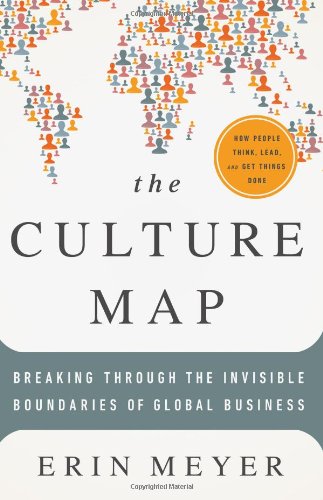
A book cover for The Culture Map: Breaking Through the Invisible Boundaries of Global Business; Erin Meyer; Self-Help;